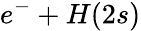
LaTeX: e^{-}+H({2s})